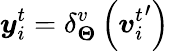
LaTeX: \boldsymbol{y}_{i}^{t}=\delta_{\boldsymbol{\Theta}}^{v}\left({\boldsymbol{v}_{i}^{t}}^{\prime}\right)